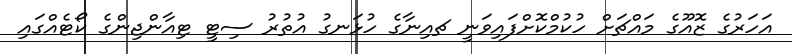
އަހަރުގެ ޒޮއޫގެ މައްޗަށް ހުކުމްކޮށްފައިވަނީ ޗއިނާގެ ހުޅަނގު އުތުރު ސިޓީ ޓިއާންޖިންގެ ކޯޓެއްގައި